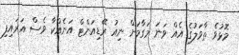
މޮޅުވެ ތާވަލުގެ އެއް ވަނަ މަގާމަށް ނިއު ރޭޑިއަންޓް އަނެއްކާ ވެސް އަރައިފި